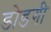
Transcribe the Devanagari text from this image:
डोडगी